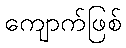
ကျောက်ဖြစ်